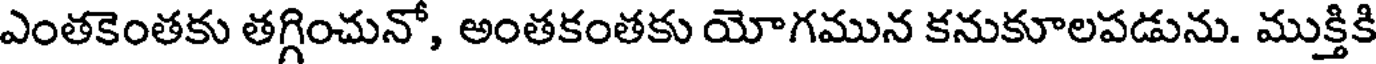
ఎంతకెంతకు తగ్గించునో, అంతకంతకు యోగమున కనుకూలపడును. ముక్తికి